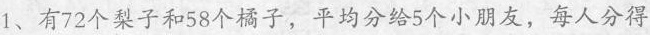
1、有72个梨子和58个橘子，平均分给5个小朋友，每人分得